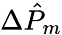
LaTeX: \Delta\hat{P}_{m}